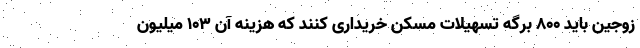
زوجین باید ۸۰۰ برگه تسهیلات مسکن خریداری کنند که هزینه آن ۱۰۳ میلیون